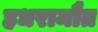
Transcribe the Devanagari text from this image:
हधरामौत